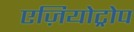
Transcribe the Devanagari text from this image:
एज़ियोट्रोप